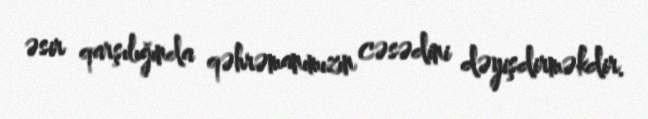
əsir qarşılığında qəhrəmanımızın cəsədini dəyişdirməkdir.